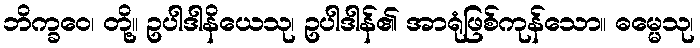
ဘိက္ခဝေ၊ တို့။ ဥပါဒါနိယေသု၊ ဥပါဒါန်၏ အာရုံဖြစ်ကုန်သော။ ဓမ္မေသု၊